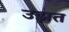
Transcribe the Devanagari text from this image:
उझत